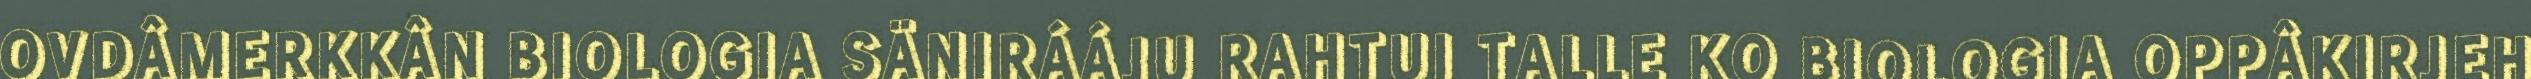
OVDÂMERKKÂN BIOLOGIA SÄNIRÁÁJU RAHTUI TALLE KO BIOLOGIA OPPÂKIRJEH